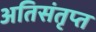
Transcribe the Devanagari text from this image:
अतिसंतृप्त